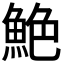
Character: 𫙙